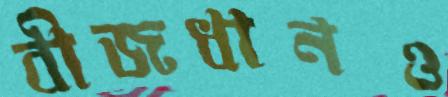
বীজধানও